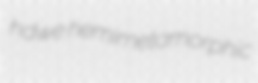
hdwe hemimetamorphic